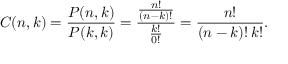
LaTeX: C ( n , k ) = { \frac { P ( n , k ) } { P ( k , k ) } } = { \frac { \frac { n ! } { ( n - k ) ! } } { \frac { k ! } { 0 ! } } } = { \frac { n ! } { ( n - k ) ! \, k ! } } .